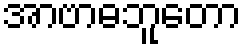
အာဗာဓဘူတော